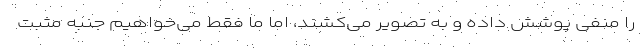
را منفی پوشش داده و به تصویر می‌کشند، اما ما فقط می‌خواهیم جنبه مثبت